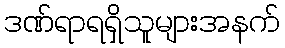
ဒဏ်ရာရရှိသူများအနက်